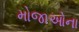
મોજાઓના